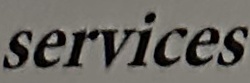
services